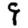
Digit: 9